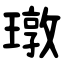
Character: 㻻